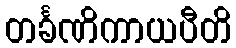
တင်္ခဏိကာယပီတိ